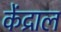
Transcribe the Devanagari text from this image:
केंद्राल